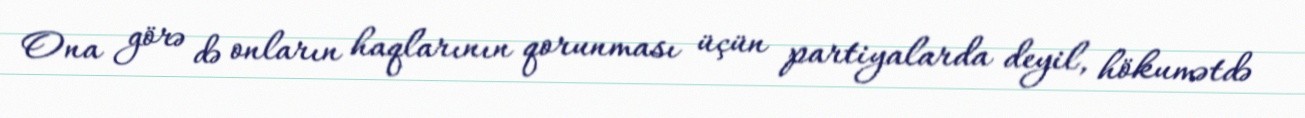
Ona görə də onların haqlarının qorunması üçün partiyalarda deyil, hökumətdə